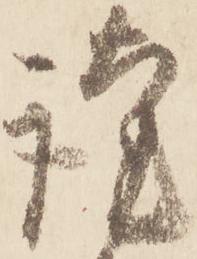
謹